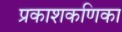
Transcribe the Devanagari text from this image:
प्रकाशकणिका